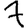
Digit: 7